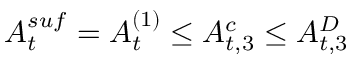
A _ { t } ^ { s u f } = A _ { t } ^ { ( 1 ) } \le A _ { t , 3 } ^ { c } \le A _ { t , 3 } ^ { D }